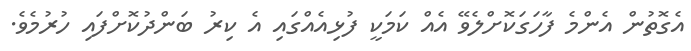
އެގޮތުން އެންމެ ފާހަގަކޮށްލެވޭ އެއް ކަމަކީ ފުޅިއެއްގައި އެ ކިރު ބަންދުކޮށްފައި ހުރުމެވެ.